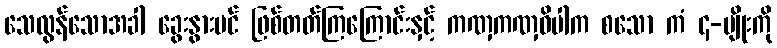
သေလွန်သောအခါ ခွေးနွားပင် ဖြစ်တတ်ကြကြောင်းနှင့် ကဏှကဏှဝိပါက စသော ကံ ၄-မျိုးကို